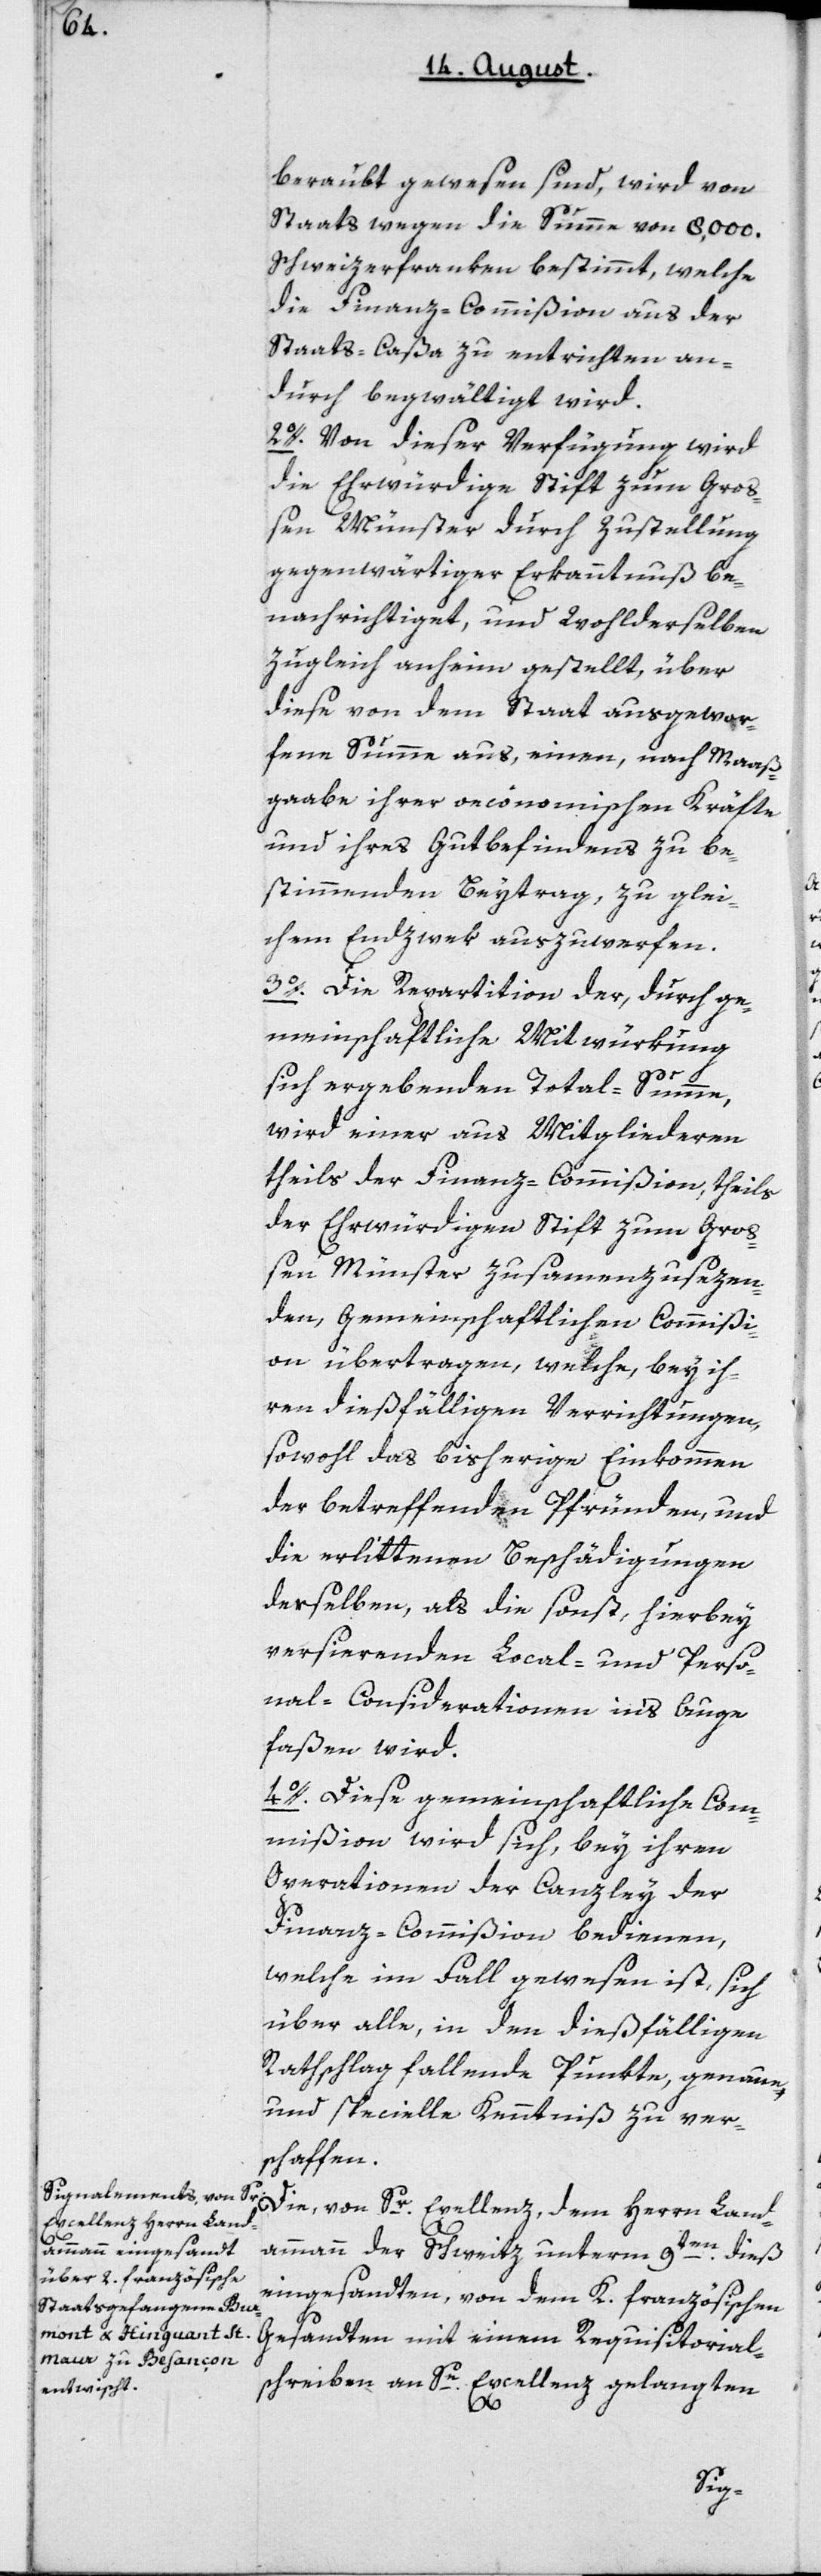
beraubt gewesen sind, wird von
Staats wegen die Summe von 8000
Schweizerfranken bestimmt, welche
die Finanzcommißion aus der
Staats-Caßa zu entrichten an¬
durch begwältigt wird.
2o.Von dieser Verfügung wird
die Ehrwürdige Stift zum Groß¬
en Münster durch Zustellung
gegenwärtiger Erkanntnuß be¬
nachrichtiget, und wohlderselben
zugleich anheim gestellt, über
diese von dem Staat ausgewor¬
fene Summe aus, einen, nach Maaß¬
gaabe ihrer öconomischen Kräfte
und ihres Gutbefindens zu be¬
stimmenden Beytrag, zu glei¬
chem Endzwek auszuwerfen.
3o. Die Repartition der, durch ge¬
meinschaftliche Mitwürkung
sich ergebenden Total-Summe,
wird einer aus Mitgliederen
theils der Finanzcommißion, theils
der Ehrwürdigen Stift zum Gro¬
ßen Münster zusammenzusezen¬
den, gemeinschaftlichen Commißi¬
on übertragen, welche bey ih¬
ren dießfälligen Verrichtungen
sowohl das bisherige Einkommen
der betreffenden Pfründen, und
die erlittenen Beschädigungen
derselben, als die sonst, hierbey
versierenden Local- und Perso¬
nal-Considerationen ins Auge
faßen wird.
4o. Diese gemeinschaftliche Com¬
mißion wird sich, bey ihren
Operationen der Canzley der
Finanz-Commißion bedienen,
welche im Fall gewesen ist, sich
über alle, in den dießfälligen
Rathschlag fallende Punkte, genaue
und specielle Kenntniß zu ver¬
schaffen.
Die von Sr. Excellenz, dem Herrn Land¬
ammann der Schweiz unterm 9ten dieß
eingesandten, von dem k. französischen
Gesandten mit einem Requisitorial¬
schreiben an Se Excellenz gelangten